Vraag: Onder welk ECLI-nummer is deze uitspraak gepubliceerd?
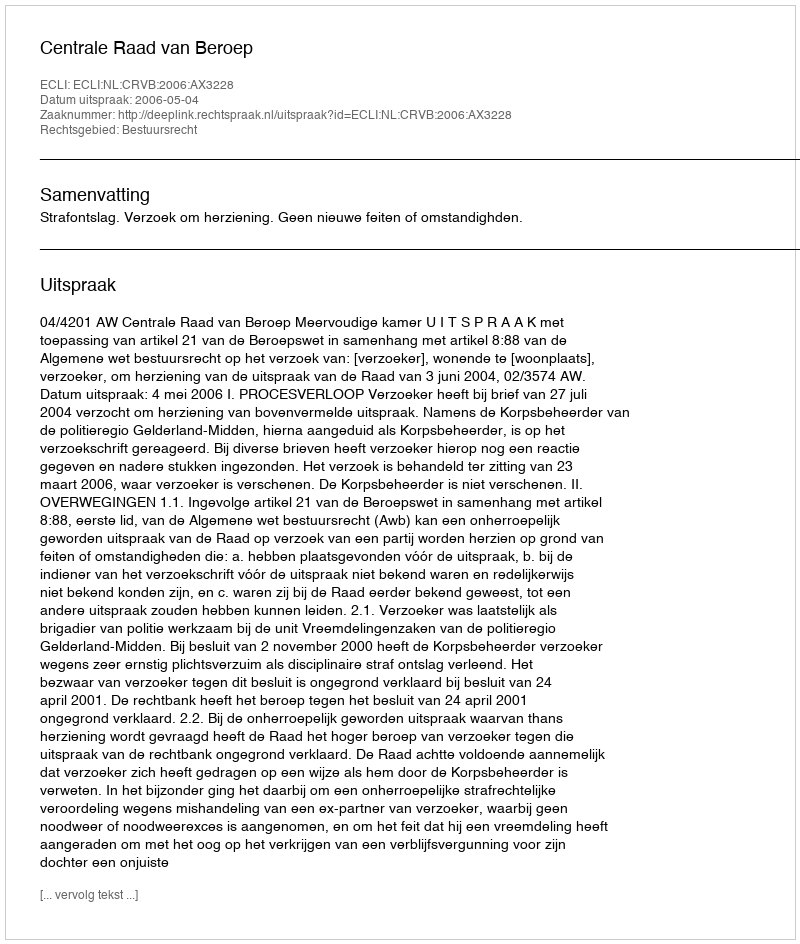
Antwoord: ECLI:NL:CRVB:2006:AX3228